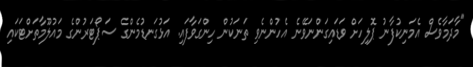
"މާދަމާވެސް އެމަނިކުފާނު ޕޮލިހަށް ވަޑައިގަންނަވޭނެ އެހުންނެވި ތަނަކުން ހިންގަވާފައި. އަޅުގަނޑުމެންގެ ސަޕޯޓަރުންގެ މައުލޫމާތަށްޓަކައި